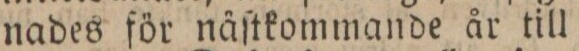
nades för nåſtkommande år till